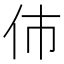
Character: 伂